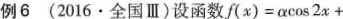
例6 ( 2016 \cdot 全国 Ⅲ ) 设函数 f ( x )= aco s 2 x+